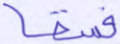
فسقا